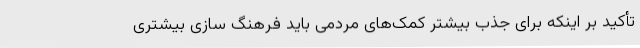
تأکید بر اینکه برای جذب بیشتر کمک‌های مردمی باید فرهنگ‌ سازی بیشتری